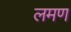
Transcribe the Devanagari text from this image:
लमण